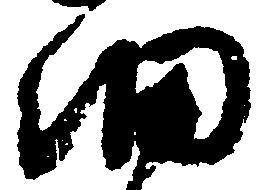
細